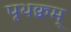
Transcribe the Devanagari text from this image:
पृथक्वम्